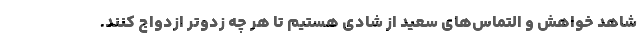
شاهد خواهش و التماس‌های سعید از شادی هستیم تا هر چه زدوتر ازدواج کنند.